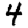
Digit: 4